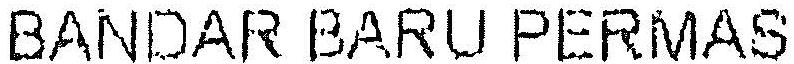
BANDAR BARU PERMAS